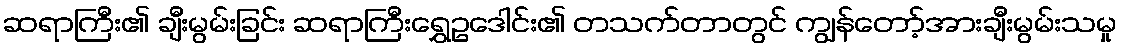
ဆရာကြီး၏ ချီးမွမ်းခြင်း ဆရာကြီးရွှေဥဒေါင်း၏ တသက်တာတွင် ကျွန်တော့်အားချီးမွမ်းသမှု